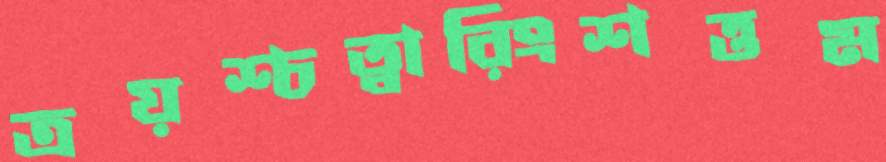
ত্রয়শ্চত্বারিংশত্তম